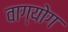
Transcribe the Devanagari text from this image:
वाग्योग